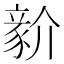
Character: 𧱘